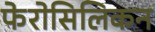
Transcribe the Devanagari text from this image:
फेरोसिलिकन